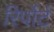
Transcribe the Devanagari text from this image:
रिर्पोर्ट